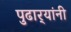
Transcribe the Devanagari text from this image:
पुढार्‍यांनी